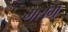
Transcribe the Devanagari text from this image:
मरोगे